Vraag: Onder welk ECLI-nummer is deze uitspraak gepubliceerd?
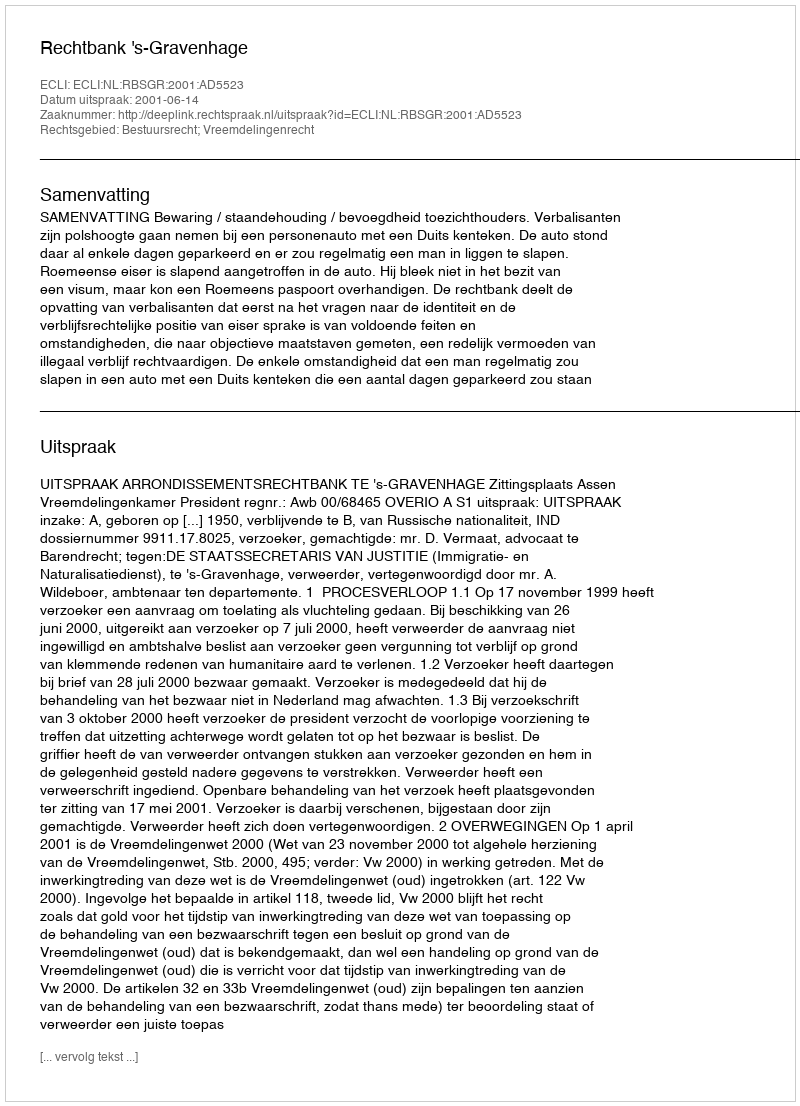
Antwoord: ECLI:NL:RBSGR:2001:AD5523